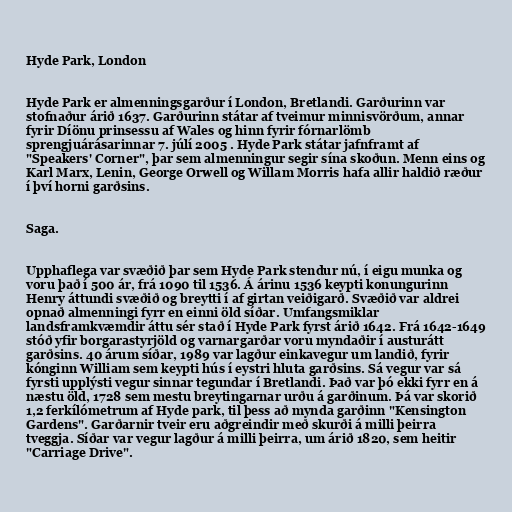
Hyde Park, London

Hyde Park er almenningsgarður í London, Bretlandi. Garðurinn var
stofnaður árið 1637. Garðurinn státar af tveimur minnisvörðum, annar
fyrir Díönu prinsessu af Wales og hinn fyrir fórnarlömb
sprengjuárásarinnar 7. júlí 2005 . Hyde Park státar jafnframt af
"Speakers' Corner", þar sem almenningur segir sína skoðun. Menn eins og
Karl Marx, Lenin, George Orwell og Willam Morris hafa allir haldið ræður
í því horni garðsins.

Saga.

Upphaflega var svæðið þar sem Hyde Park stendur nú, í eigu munka og
voru það í 500 ár, frá 1090 til 1536. Á árinu 1536 keypti konungurinn
Henry áttundi svæðið og breytti í af girtan veiðigarð. Svæðið var aldrei
opnað almenningi fyrr en einni öld síðar. Umfangsmiklar
landsframkvæmdir áttu sér stað í Hyde Park fyrst árið 1642. Frá 1642-1649
stóð yfir borgarastyrjöld og varnargarðar voru myndaðir í austurátt
garðsins. 40 árum síðar, 1989 var lagður einkavegur um landið, fyrir
kónginn William sem keypti hús í eystri hluta garðsins. Sá vegur var sá
fyrsti upplýsti vegur sinnar tegundar í Bretlandi. Það var þó ekki fyrr en á
næstu öld, 1728 sem mestu breytingarnar urðu á garðinum. Þá var skorið
1,2 ferkílómetrum af Hyde park, til þess að mynda garðinn "Kensington
Gardens". Garðarnir tveir eru aðgreindir með skurði á milli þeirra
tveggja. Síðar var vegur lagður á milli þeirra, um árið 1820, sem heitir
"Carriage Drive".